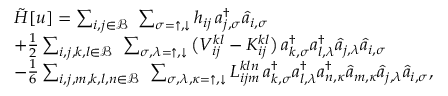
\begin{array} { r l } & { \tilde { H } [ u ] = \sum _ { i , j \in \mathcal { B } } \, \, \sum _ { \sigma = \uparrow , \downarrow } h _ { i j } \, a _ { j , \sigma } ^ { \dagger } \hat { a } _ { i , \sigma } } \\ & { + \frac { 1 } { 2 } \sum _ { i , j , k , l \in \mathcal { B } } \, \, \sum _ { \sigma , \lambda = \uparrow , \downarrow } \big ( V _ { i j } ^ { k l } - { K } _ { i j } ^ { k l } \big ) \, a _ { k , \sigma } ^ { \dagger } a _ { l , \lambda } ^ { \dagger } \hat { a } _ { j , \lambda } \hat { a } _ { i , \sigma } } \\ & { - \frac { 1 } { 6 } \sum _ { i , j , m , k , l , n \in \mathcal { B } } \, \, \sum _ { \sigma , \lambda , \kappa = \uparrow , \downarrow } { L } _ { i j m } ^ { k l n } \, a _ { k , \sigma } ^ { \dagger } a _ { l , \lambda } ^ { \dagger } a _ { n , \kappa } ^ { \dagger } \hat { a } _ { m , \kappa } \hat { a } _ { j , \lambda } \hat { a } _ { i , \sigma } , } \end{array}